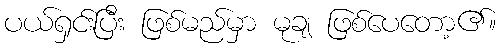
ပယ်ရှင်းပြီး ဖြစ်မည်မှာ မုချ ဖြစ်ပေတော့၏။